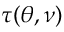
\tau ( \theta , \nu )